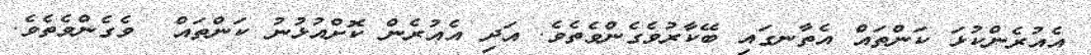
އެއުރެންކުޅަ ކަންތައް އެތާނގައި ބޭކާރުވެގެންވެތެވެ. އަދި އެއުރެން ކޮށްއުޅުނު ކަންތައް  ވެގެންވެތެވެ.